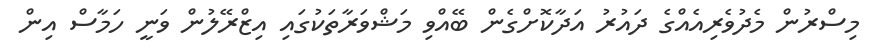
މިސްރުން މެދުވެރިއެއްގެ ދައުރު އަދާކޮށްގެން ބޭއްވި މަޝްވަރާތަކުގައި އިޒްރޭލުން ވަނީ ހަމާސް އިން